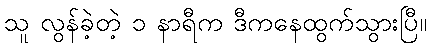
သူ လွန်ခဲ့တဲ့ ၁ နာရီက ဒီကနေထွက်သွားပြီ။